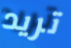
تريد